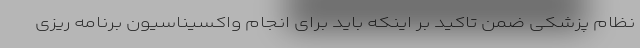
نظام پزشکی ضمن تاکید بر اینکه باید برای انجام واکسیناسیون برنامه ریزی